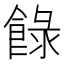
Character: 𩛼